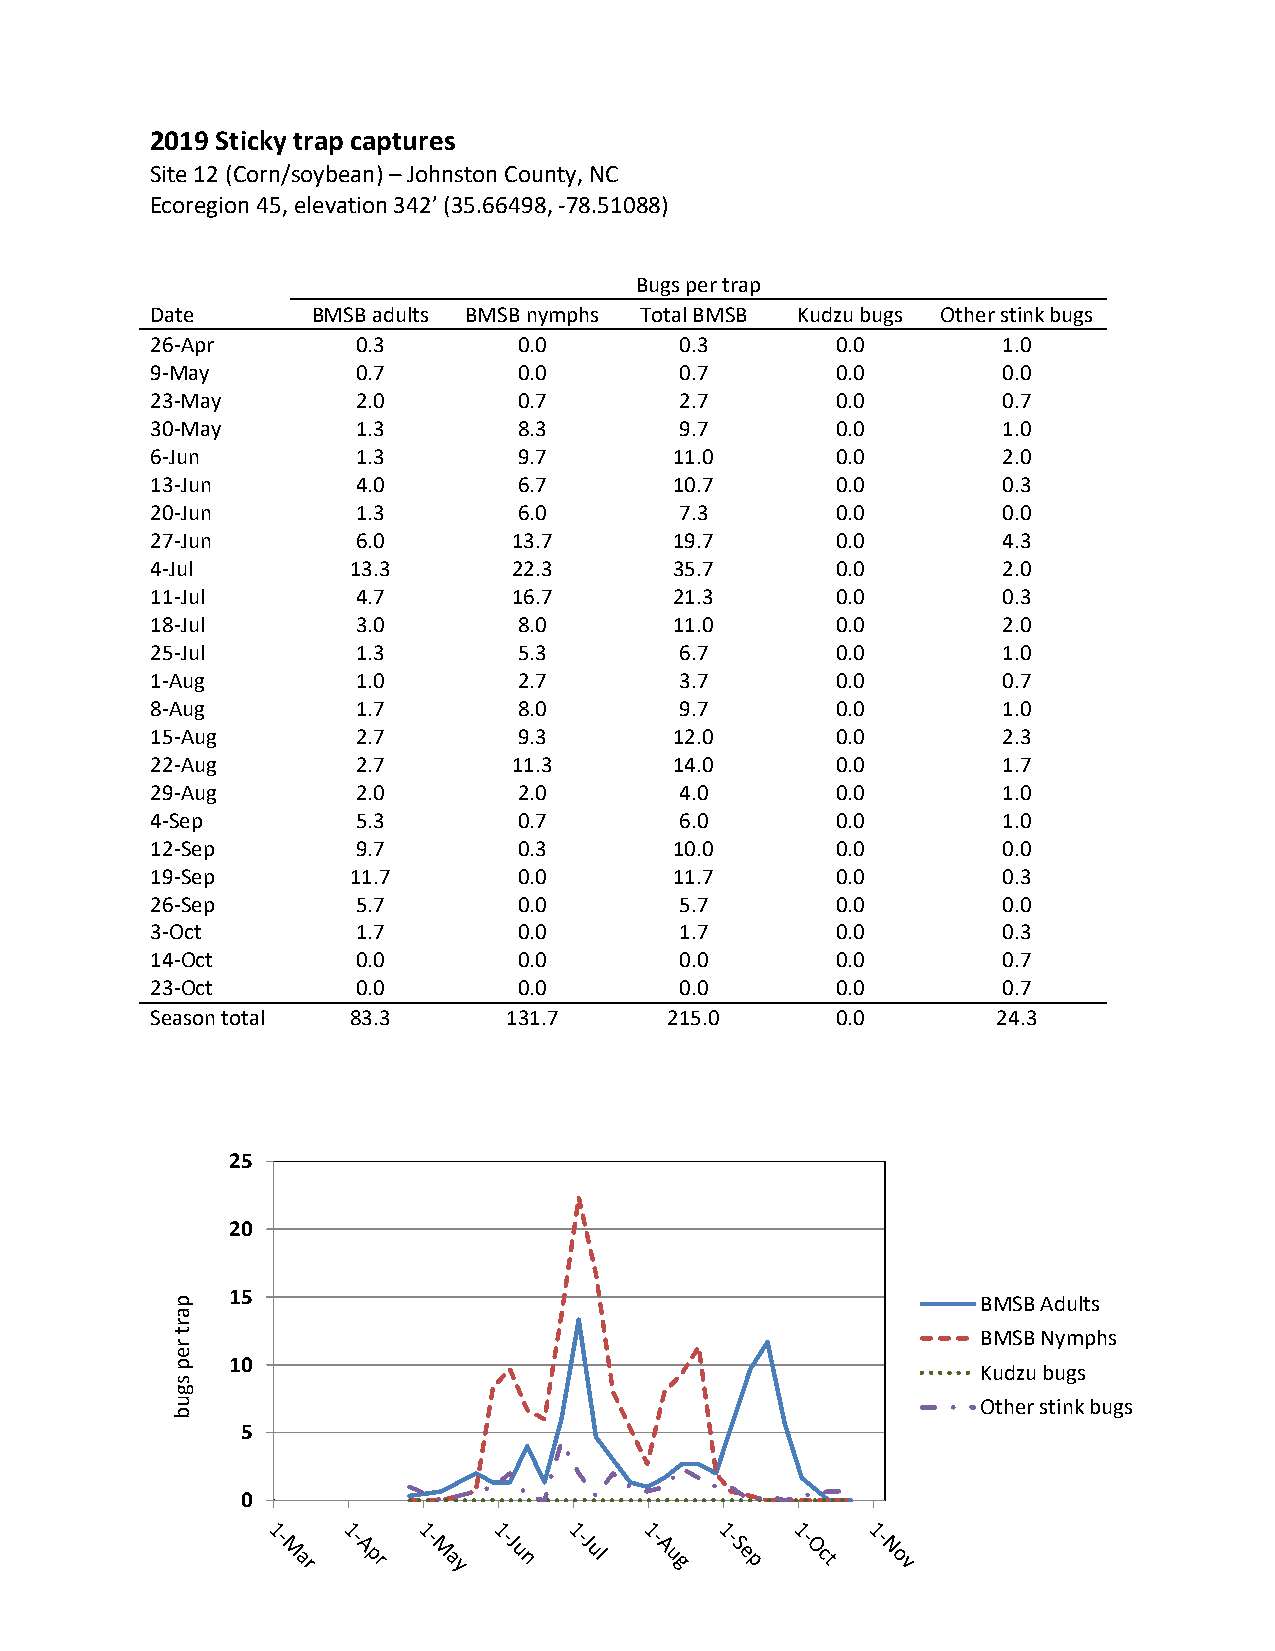
2019 Sticky trap captures
 Site 12 (Corn/soybean) – Johnston County, NC
 Ecoregion 45, elevation 342’ (35.66498, -78.51088)
 Bugs per trap
 Date       BMSB adults BMSB nymphs Total BMSB Kudzu bugs Other stink bugs
 26-Apr        0.3       0.0        0.3       0.0        1.0
 9-May         0.7       0.0        0.7       0.0        0.0
 23-May        2.0       0.7        2.7       0.0        0.7
 30-May        1.3       8.3        9.7       0.0        1.0
 6-Jun         1.3       9.7        11.0      0.0        2.0
 13-Jun        4.0       6.7        10.7      0.0        0.3
 20-Jun        1.3       6.0        7.3       0.0        0.0
 27-Jun        6.0       13.7       19.7      0.0        4.3
 4-Jul        13.3       22.3       35.7      0.0        2.0
 11-Jul        4.7       16.7       21.3      0.0        0.3
 18-Jul        3.0       8.0        11.0      0.0        2.0
 25-Jul        1.3       5.3        6.7       0.0        1.0
 1-Aug         1.0       2.7        3.7       0.0        0.7
 8-Aug         1.7       8.0        9.7       0.0        1.0
 15-Aug        2.7       9.3        12.0      0.0        2.3
 22-Aug        2.7       11.3       14.0      0.0        1.7
 29-Aug        2.0       2.0        4.0       0.0        1.0
 4-Sep         5.3       0.7        6.0       0.0        1.0
 12-Sep        9.7       0.3        10.0      0.0        0.0
 19-Sep       11.7       0.0        11.7      0.0        0.3
 26-Sep        5.7       0.0        5.7       0.0        0.0
 3-Oct         1.7       0.0        1.7       0.0        0.3
 14-Oct        0.0       0.0        0.0       0.0        0.7
 23-Oct        0.0       0.0        0.0       0.0        0.7
 Season total 83.3      131.7      215.0      0.0        24.3
 25
 20
 p
 15
 BMSB Adults
 a
 r
 t
 r
 BMSB Nymphs
 e
 p   10                                                Kudzu bugs
 s
 g
 u                                                     Other stink bugs
 b
 5
 0